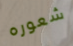
شعوره